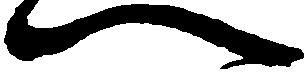
へ